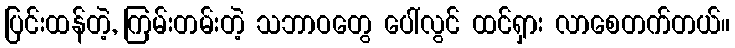
ပြင်းထန်တဲ့, ကြမ်းတမ်းတဲ့ သဘာဝတွေ ပေါ်လွင် ထင်ရှား လာစေတက်တယ်။